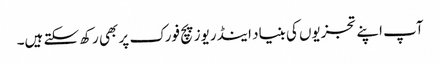
آپ اپنے تجزیوں کی بنیاد اینڈریوز پچ فورک پر بھی رکھ سکتے ہیں۔